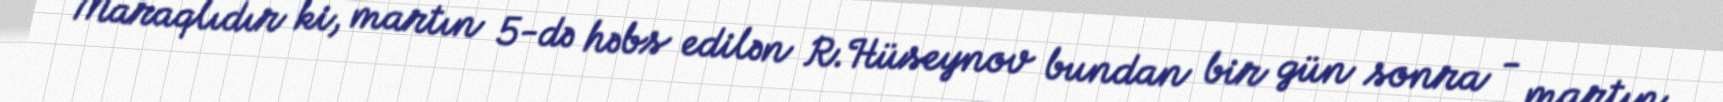
Maraqlıdır ki, martın 5-də həbs edilən R.Hüseynov bundan bir gün sonra - martın